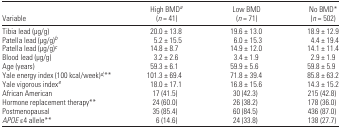
| Variable | High BMDa (n = 41) | Low BMD (n = 71) | No BMD* (n = 502) |
 | --- | --- | --- | --- |
 | Tibia lead (μg/g) | 20.0 ± 13.8 | 19.6 ± 13.0 | 18.9 ± 12.9 |
 | Patella lead (μg/g)b | 5.2 ± 15.5 | 6.0 ± 15.3 | 4.4 ± 19.4 |
 | Patella lead (μg/g)c | 14.8 ± 8.7 | 14.9 ± 12.0 | 14.1 ± 11.4 |
 | Blood lead (μg/g) | 3.2 ± 2.6 | 3.4 ± 1.9 | 2.9 ± 1.9 |
 | Age (years) | 59.3 ± 6.1 | 59.9 ± 5.6 | 59.8 ± 5.9 |
 | Yale energy index (100 kcal/week)d,** | 101.3 ± 69.4 | 71.8 ± 39.4 | 85.8 ± 63.2 |
 | Yale vigorous indexe | 18.0 ± 17.1 | 16.8 ± 15.6 | 14.3 ± 15.2 |
 | African American | 17 (41.5) | 30 (42.3) | 215 (42.8) |
 | Hormone replacement therapy** | 24 (60.0) | 26 (38.2) | 178 (36.0) |
 | Postmenopausal | 35 (85.4) | 60 (84.5) | 436 (87.0) |
 | APOE ε4 allele** | 6 (14.6) | 24 (33.8) | 138 (27.7) |